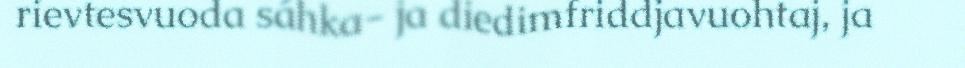
rievtesvuoda sáhka- ja diedimfriddjavuohtaj, ja